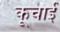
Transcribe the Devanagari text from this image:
कूचाई